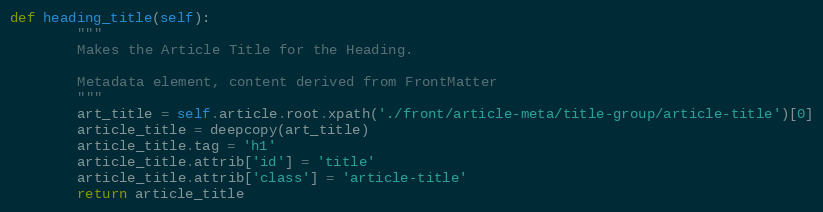
Language: Python
def heading_title(self):
        """
        Makes the Article Title for the Heading.

        Metadata element, content derived from FrontMatter
        """
        art_title = self.article.root.xpath('./front/article-meta/title-group/article-title')[0]
        article_title = deepcopy(art_title)
        article_title.tag = 'h1'
        article_title.attrib['id'] = 'title'
        article_title.attrib['class'] = 'article-title'
        return article_title